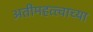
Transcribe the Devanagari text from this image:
अतीमहत्त्वाच्या